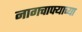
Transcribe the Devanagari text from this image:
नागचाफ्याच्या